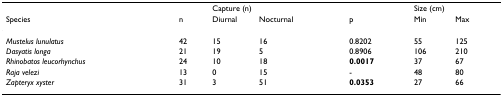
<table><thead><tr><td></td><td></td><td colspan="2"><b>Capture (n)</b></td><td></td><td colspan="2"><b>Size (cm)</b></td></tr><tr><td><b>Species</b></td><td><b>n</b></td><td><b>Diurnal</b></td><td><b>Nocturnal</b></td><td><b>p</b></td><td><b>Min</b></td><td><b>Max</b></td></tr></thead><tbody><tr><td><i>Mustelus lunulatus</i></td><td>42</td><td>15</td><td>16</td><td>0.8202</td><td>55</td><td>125</td></tr><tr><td><i>Dasyatis longa</i></td><td>21</td><td>19</td><td>5</td><td>0.8906</td><td>106</td><td>210</td></tr><tr><td><i>Rhinobatos leucorhynchus</i></td><td>24</td><td>10</td><td>18</td><td><b>0.0017</b></td><td>37</td><td>67</td></tr><tr><td><i>Raja velezi</i></td><td>13</td><td>0</td><td>15</td><td>-</td><td>48</td><td>80</td></tr><tr><td><i>Zapteryx xyster</i></td><td>31</td><td>3</td><td>51</td><td><b>0.0353</b></td><td>27</td><td>66</td></tr></tbody></table>